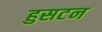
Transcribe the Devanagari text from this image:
हुसटन